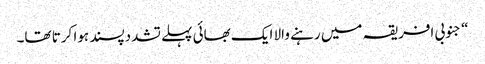
‏“‏ جنوبی افریقہ میں رہنے والا ایک بھائی پہلے تشددپسند ہوا کرتا تھا۔